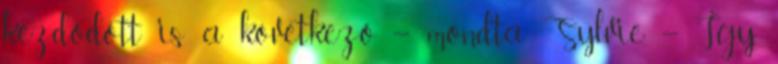
kezdődött is a következő – mondta Sylvie. – Így